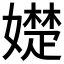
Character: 𡢟